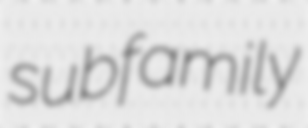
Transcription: subfamily